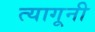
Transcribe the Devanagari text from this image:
त्यागूनी